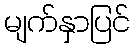
မျက်နှာပြင်